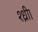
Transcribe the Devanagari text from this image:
श्ध्रीा